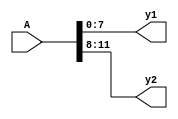
`timescale 1ns / 1ps
//////////////////////////////////////////////////////////////////////////////////
// Company: 
// Engineer: 
// 
// Design Name: 
// Module Name:    BusSplit 
// Project Name: 
// Target Devices: 
// Tool versions: 
// Description: 
//
// Dependencies: 
//
// Revision: 
// Revision 0.01 - File Created
// Additional Comments: 
//
//////////////////////////////////////////////////////////////////////////////////
module BusSplit(
    input [11:0] A,
    output [7:0] y1,
    output [3:0] y2
    );

	assign y1 = A[7:0];
	assign y2 = A[11:8];

endmodule